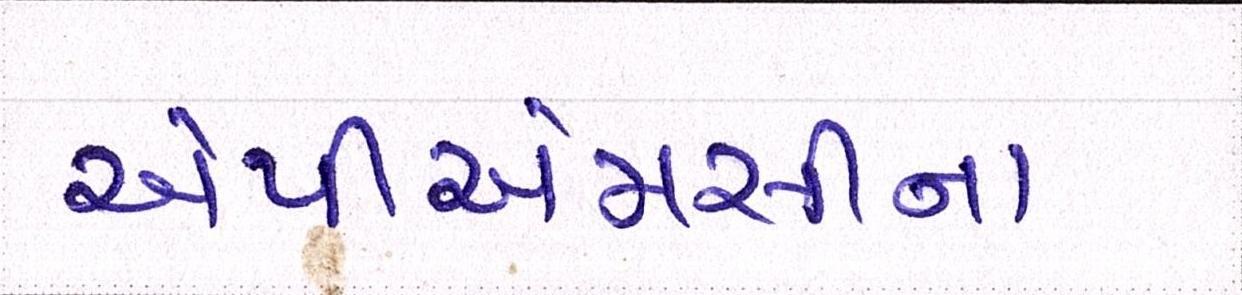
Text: એપીએમસીના